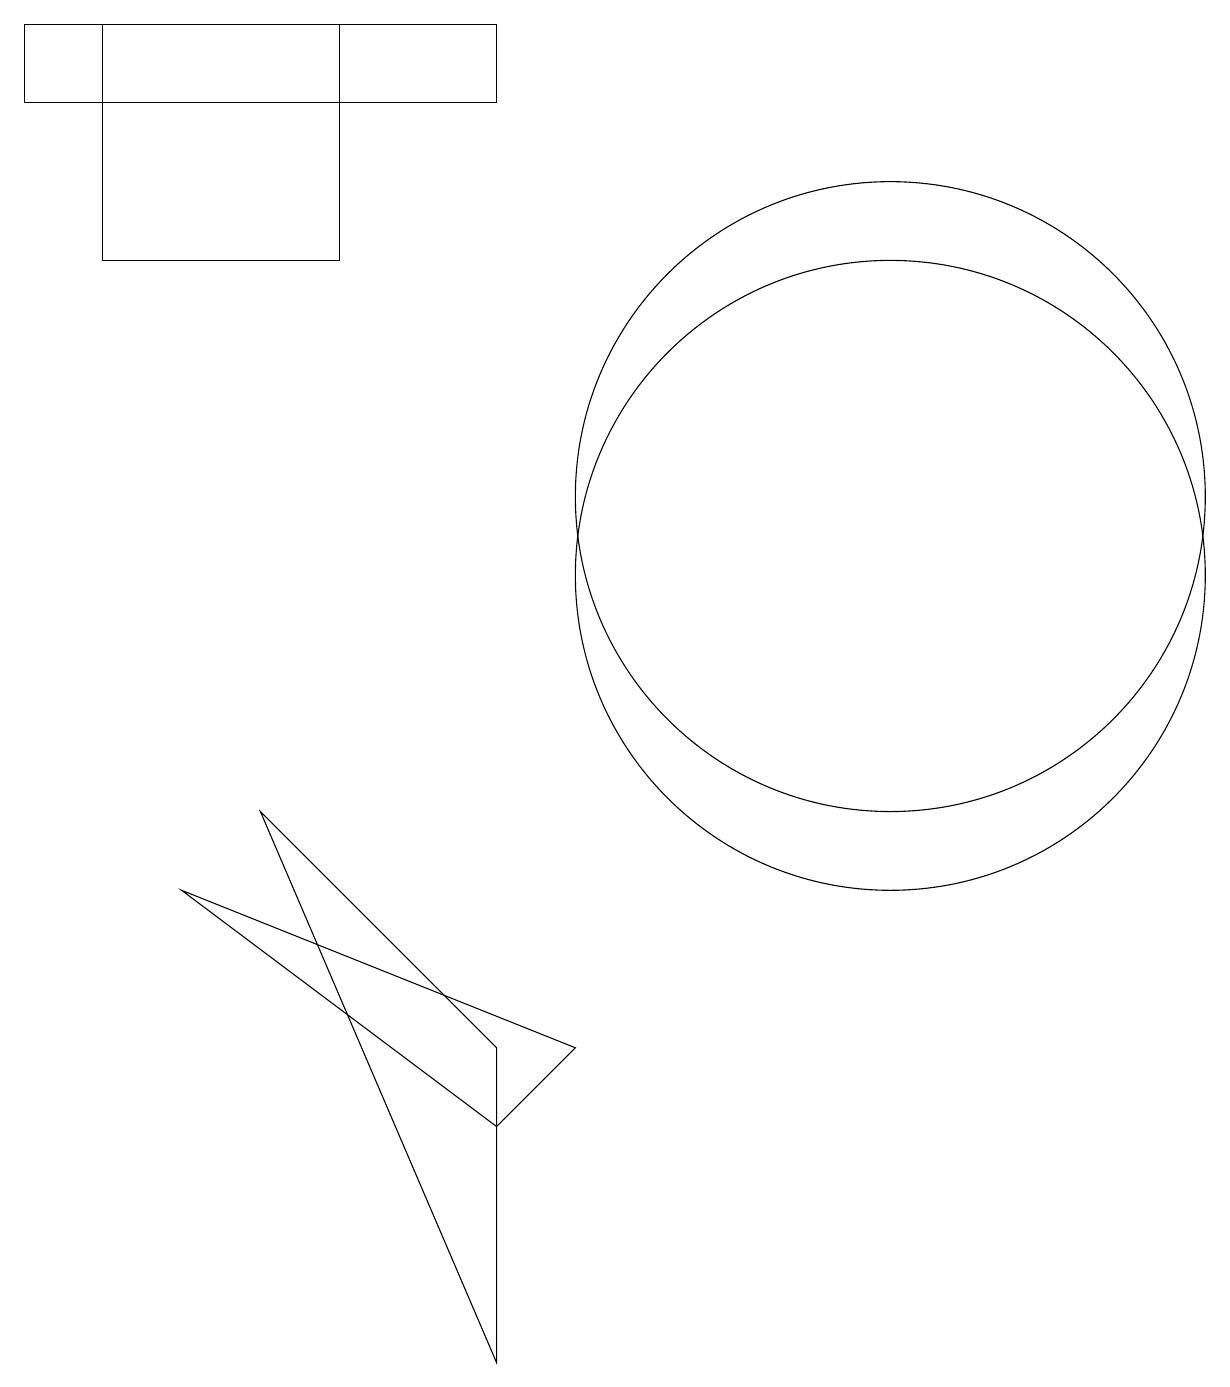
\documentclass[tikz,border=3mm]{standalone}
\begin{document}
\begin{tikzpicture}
\draw (1,17) rectangle (4,14);
\draw (0,16) rectangle (6,17);
\draw (11,11) circle (4);
\draw (7,4) -- (2,6) -- (6,3) -- cycle;
\draw (11,10) circle (4);
\draw (6,4) -- (6,0) -- (3,7) -- cycle;
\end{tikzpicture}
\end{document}